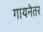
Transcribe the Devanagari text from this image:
गायनेतर